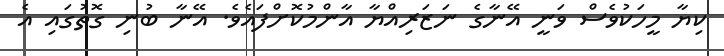
ކިޔާ މީހަކުވެސް ވަނީ އޭނާގެ ނަޒަރިއްޔާ އާންމުކޮށްފައެވެ. އޭނާ ބުނި ގޮތުގައި އެ